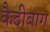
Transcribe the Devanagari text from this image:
कैदीबाग